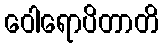
ဝေါရောပိတာတိ